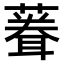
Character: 𫉠